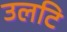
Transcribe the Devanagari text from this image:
उलटि